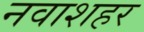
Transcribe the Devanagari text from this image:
नवाशहर